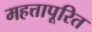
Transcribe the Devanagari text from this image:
महत्तापूरित